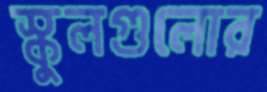
স্কুলগুলোর